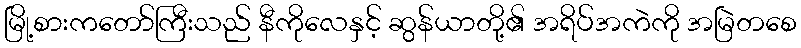
မြို့စားကတော်ကြီးသည် နီကိုလေနှင့် ဆွန်ယာတို့၏ အရိပ်အကဲကို အမြဲတစေ